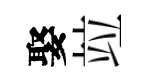
娶竝